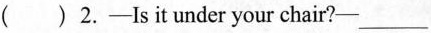
()2.-Is it under your chair? ___